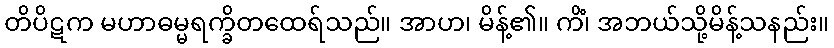
တိပိဋက မဟာဓမ္မရက္ခိတထေရ်သည်။ အာဟ၊ မိန့်၏။ ကိံ၊ အဘယ်သို့မိန့်သနည်း။